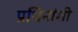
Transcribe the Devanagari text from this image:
प्रथिनांशी